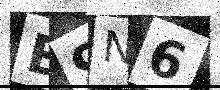
Text: E9N6